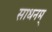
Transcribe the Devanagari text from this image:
साधनम्